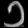
Digit: ၁